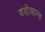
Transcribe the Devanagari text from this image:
वयोलान्त